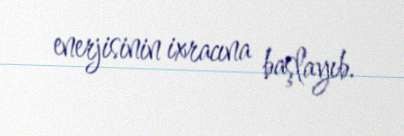
enerjisinin ixracına başlayıb.